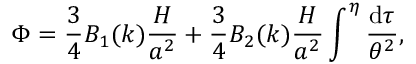
\Phi = \frac { 3 } { 4 } B _ { 1 } ( k ) \frac { { \cal H } } { a ^ { 2 } } + \frac { 3 } { 4 } B _ { 2 } ( k ) \frac { { \cal H } } { a ^ { 2 } } \int ^ { \eta } \frac { \mathrm { d } \tau } { \theta ^ { 2 } } ,